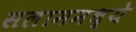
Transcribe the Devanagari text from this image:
सलाममध्ये